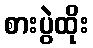
စားပွဲထိုး